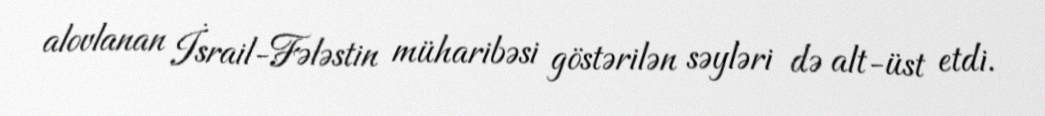
alovlanan İsrail-Fələstin müharibəsi göstərilən səyləri də alt-üst etdi.